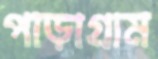
পাড়াগ্রাম